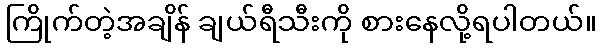
ကြိုက်တဲ့အချိန် ချယ်ရီသီးကို စားနေလို့ရပါတယ်။